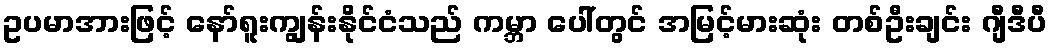
ဥပမာအားဖြင့် နော်ရူးကျွန်းနိုင်ငံသည် ကမ္ဘာ ပေါ်တွင် အမြင့်မားဆုံး တစ်ဦးချင်း ဂျီဒီပီ